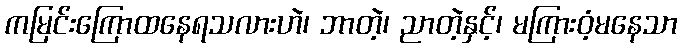
ကမြင်းကြောထနေရသလားဟဲ၊ ဘာတဲ့၊ ညာတဲ့နှင့်၊ မကြားဝံ့မနေသာ